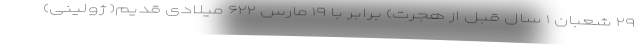
۲۹ شعبان ۱ سال قبل از هجرت) برابر با ۱۹ مارس ۶۲۲ میلادی قدیم( ژولینی)